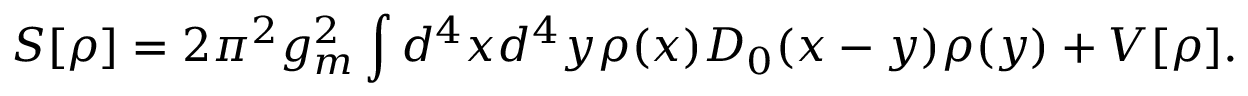
S [ \rho ] = 2 \pi ^ { 2 } g _ { m } ^ { 2 } \int d ^ { 4 } x d ^ { 4 } y \rho ( x ) D _ { 0 } ( x - y ) \rho ( y ) + V [ \rho ] .